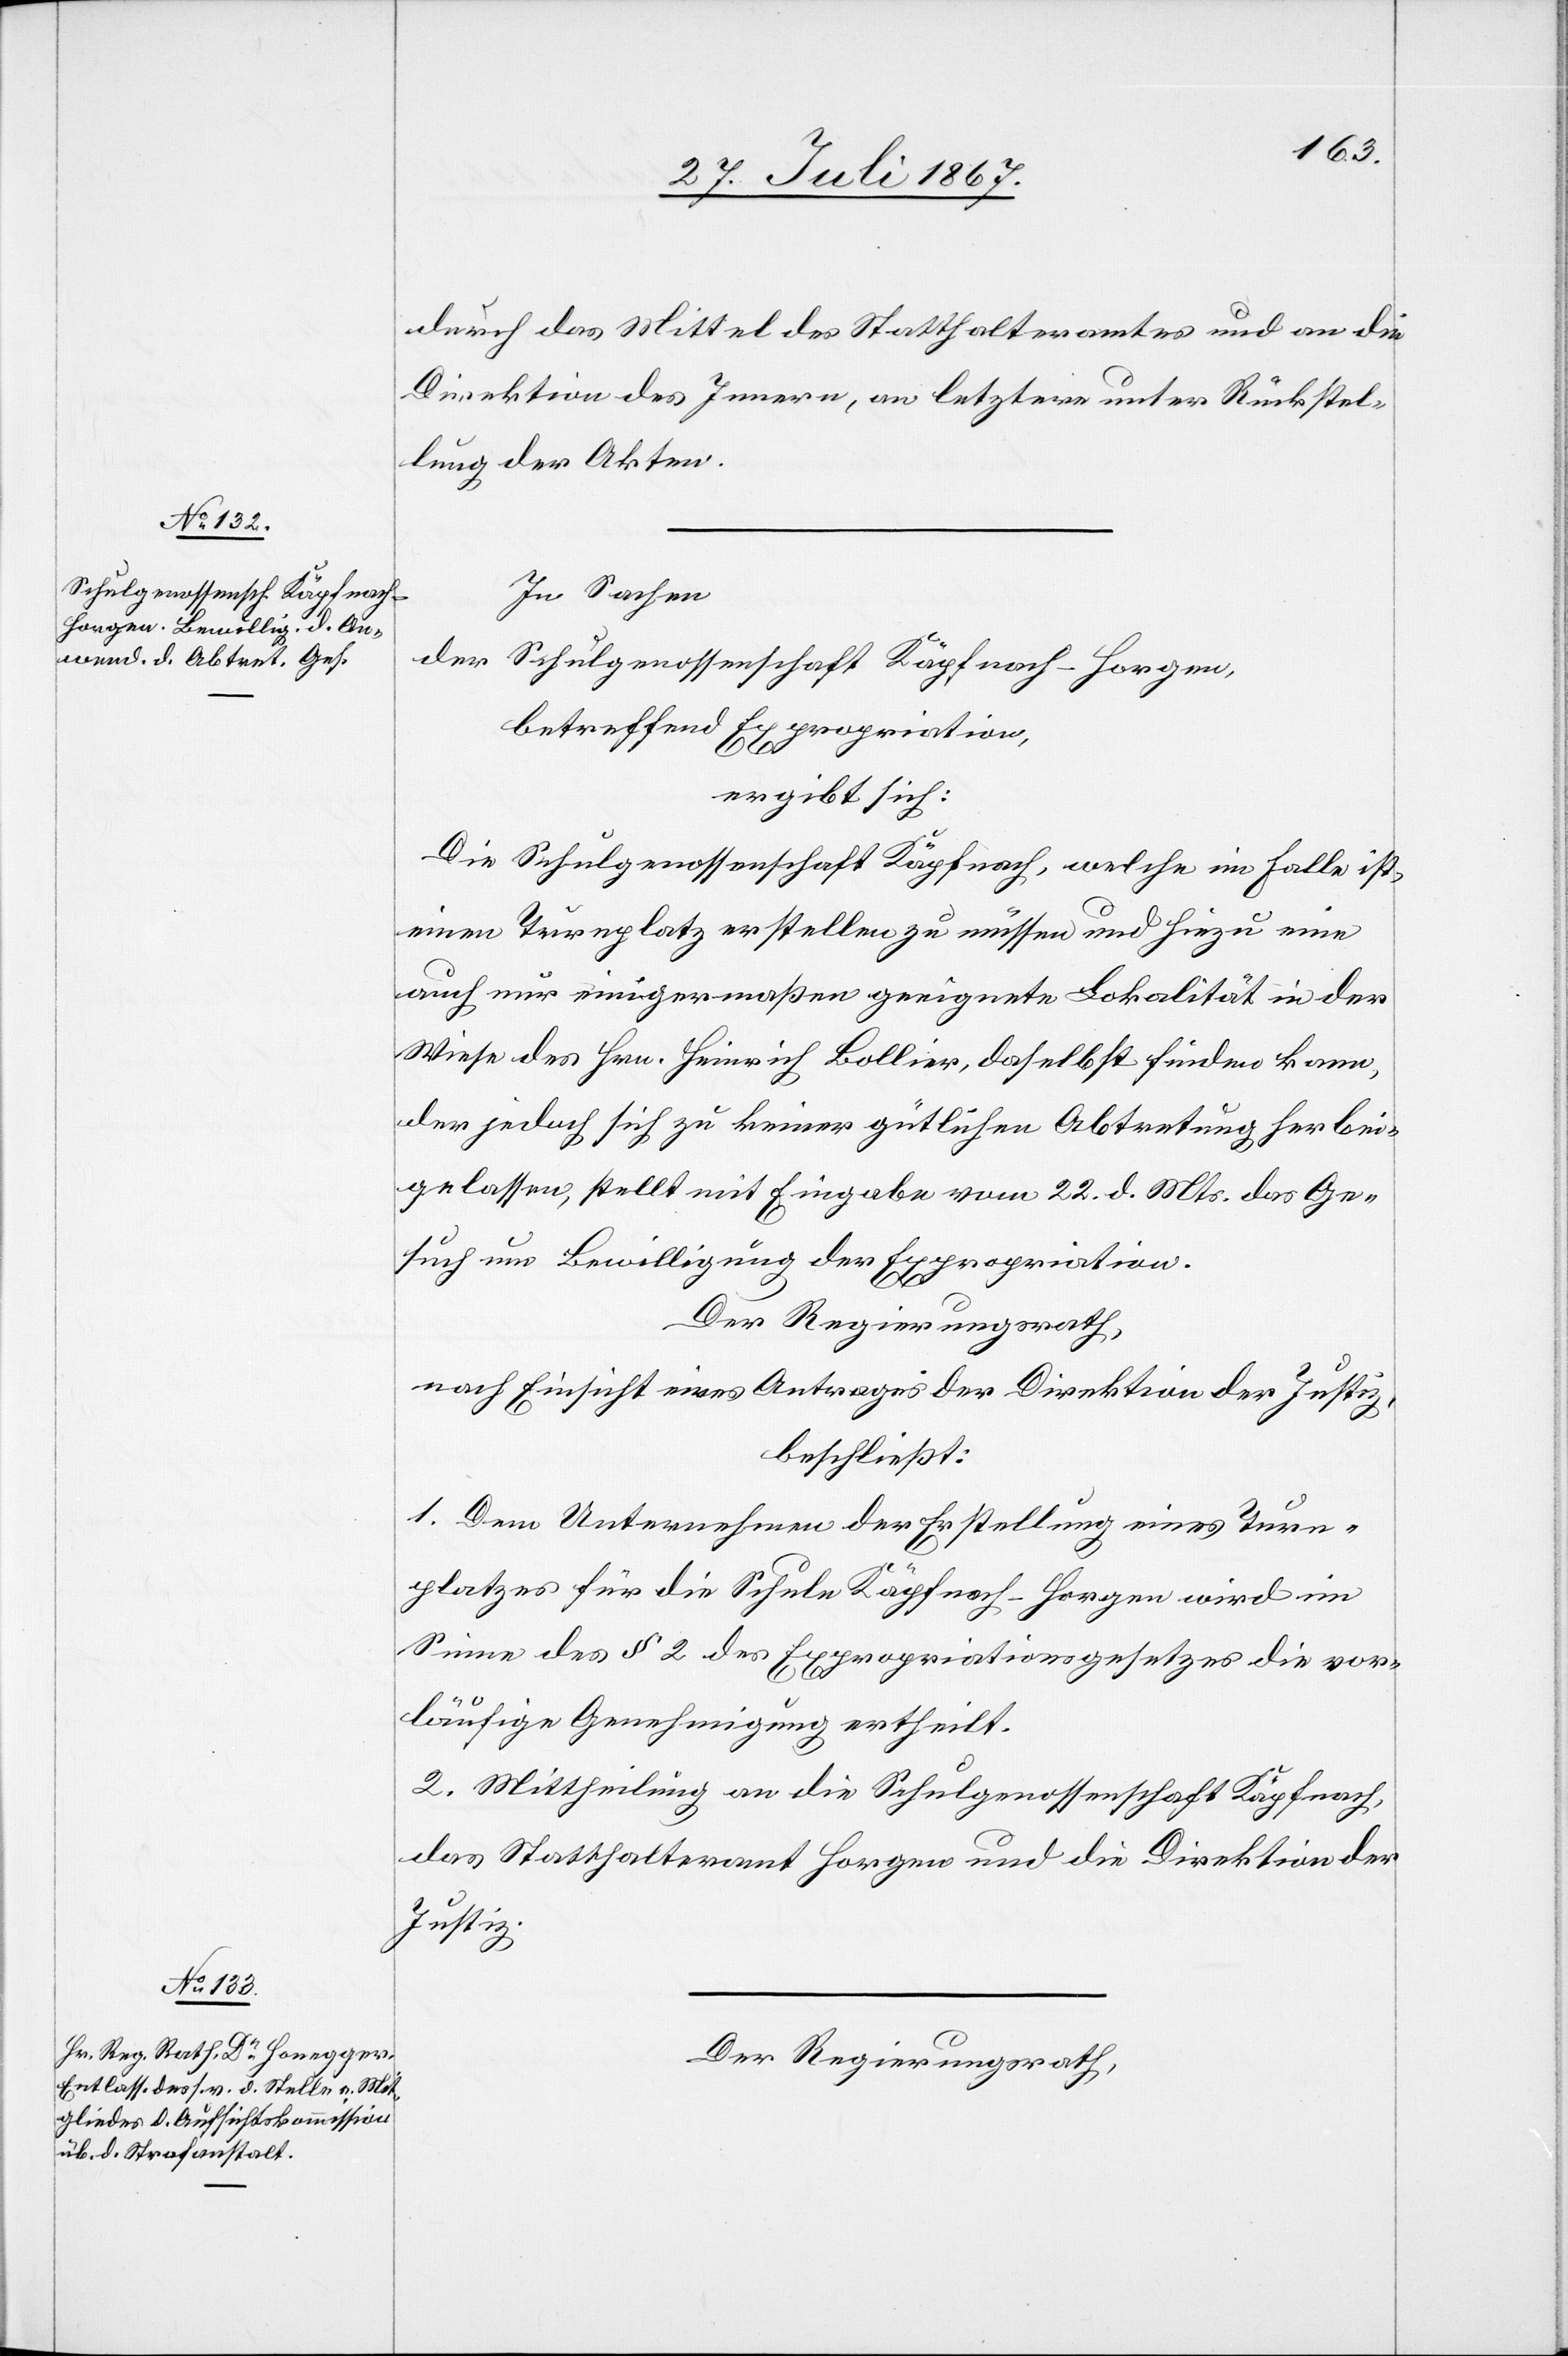
durch das Mittel des Statthalteramtes und an die
Direktion des Innern, an letztere unter Rückstel¬
lung der Akten.
In Sachen
der
Schulgenossenschaft Käpfnach-Horgen,
betreffend Expropriation,
ergibt sich:
Die Schulgenossenschaft Käpfnach, welche im Falle ist,
einen Turnplatz erstellen zu müssen und hiezu eine
auch nur einigermaßen geeignete Lokalität in der
Wiese des Hrn. Heinrich Bollier, daselbst, finden kann,
der jedoch sich zu keiner gütlichen Abtretung herbei¬
gelassen, stellt mit Eingabe vom 22. d. Mts. das Ge¬
such um Bewilligung der Expropriation.
Der Regierungsrath,
nach Einsicht eines Antrages der Direktion der Justiz,
beschließt:
1. Dem Unternehmen der Erstellung eines Turn¬
platzes für die Schule Käpfnach-Horgen wird im
Sinne des § 2 des Expropriationsgesetzes die vor¬
läufige Genehmigung ertheilt.
2. Mittheilung an die Schulgenossenschaft Käpfnach,
das Statthalteramt Horgen und die Direktion der
Justiz.
Der Regierungsrath,